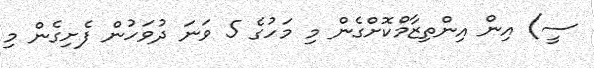
ސީ) އިން އިންތިޒާމްކޮށްގެން މި މަހުގެ 5 ވަނަ ދުވަހުން ފެށިގެން މި